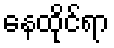
နေထိုင်ရာ